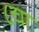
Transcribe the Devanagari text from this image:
८चा